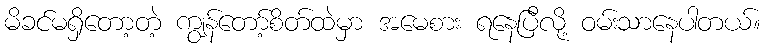
မိခင်မရှိတော့တဲ့ ကျွန်တော့်စိတ်ထဲမှာ အမေစား ရနေပြီလို့ ဝမ်းသာနေပါတယ်။